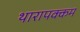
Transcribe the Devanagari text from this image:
थारापक्कम